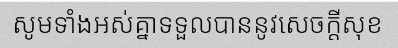
សូមទាំងអស់គ្នាទទួលបាននូវសេចក្តីសុខ